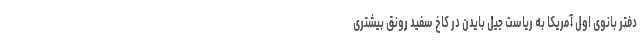
دفتر بانوی اول آمریکا به ریاست جیل بایدن در کاخ سفید رونق بیشتری